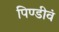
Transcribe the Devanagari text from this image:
पिण्डीवं